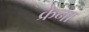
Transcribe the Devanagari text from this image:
क्रेना